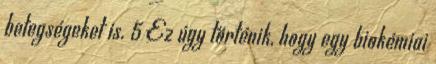
betegségeket is. 5 Ez úgy történik, hogy egy biokémiai